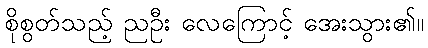
စိုစွတ်သည့် ညဦး လေကြောင့် အေးသွား၏။